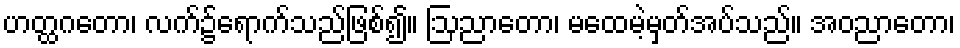
ဟတ္ထဂတော၊ လက်၌ရောက်သည်ဖြစ်၍။ ဩညာတော၊ မထေမဲ့မှတ်အပ်သည်။ အဝညာတော၊